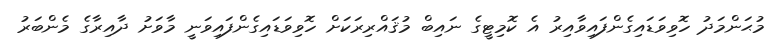
މުޙަންމަދު ހޮވިވަޑައިގެންފައިވާއިރު އެ ކޮމިޓީގެ ނައިބް މުޤައްރިރަކަށް ހޮވިވަޑައިގެންފައިވަނީ މާވަށު ދާއިރާގެ މެންބަރު